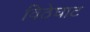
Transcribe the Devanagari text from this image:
विठेघाट